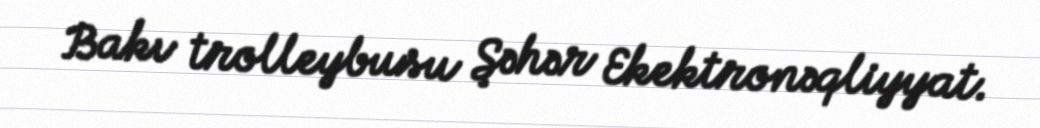
Bakı trolleybusu Şəhər Ekektronəqliyyat.